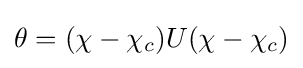
\theta =(\chi -\chi _{c})U(\chi -\chi _{c})